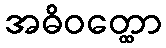
အဓိဝတ္ထော